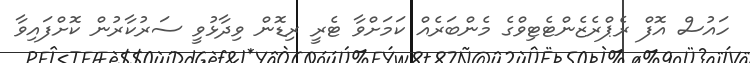
ހައުސް އޮފް ރެޕްރެޒެންޓެޓިވްގެ މެންބަރެއް ކަމަށްވާ ޓެރީ ރިޑޮން ވިދާޅުވީ ސަރުކާރުން ކޮށްފައިވާ